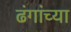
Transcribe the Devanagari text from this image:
ढंगांच्या